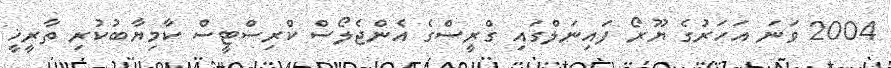
2004 ވަނަ އަހަރުގެ ޔޫރޯ ފައިނަލްގައި ގްރީސްގެ އެންޖެލޯސް ކްރިސްޓީސް ކާމިޔާބުުކުރި ތާރީޚީ